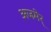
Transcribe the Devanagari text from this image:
अजमेर्